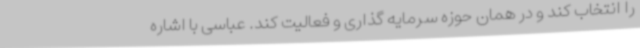
را انتخاب کند و در همان حوزه سرمایه گذاری و فعالیت کند. عباسی با اشاره